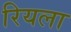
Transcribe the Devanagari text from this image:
रियला